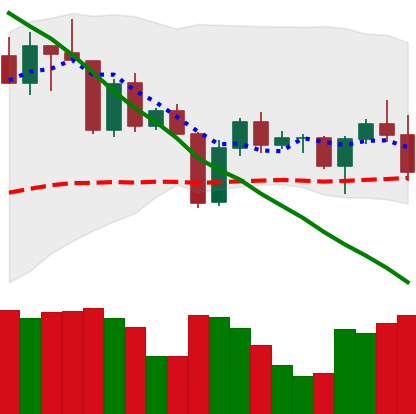
Ticker: BNB-USD
Chart end date: 2022-04-21
Forward return: -4.824%
Label: down_3_5